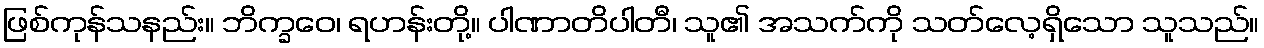
ဖြစ်ကုန်သနည်း။ ဘိက္ခဝေ၊ ရဟန်းတို့။ ပါဏာတိပါတီ၊ သူ၏ အသက်ကို သတ်လေ့ရှိသော သူသည်။